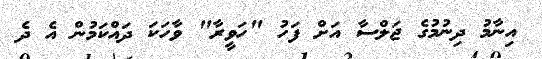
އިނާމު ދިނުމުގެ ޖަލްސާ އަށް ފަހު "ހަވީރާ" ވާހަކަ ދައްކަމުން އެ ދެ